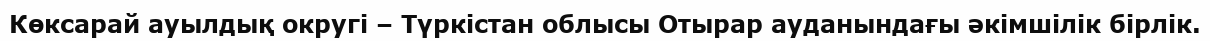
Көксарай ауылдық округі – Түркістан облысы Отырар ауданындағы әкімшілік бірлік.